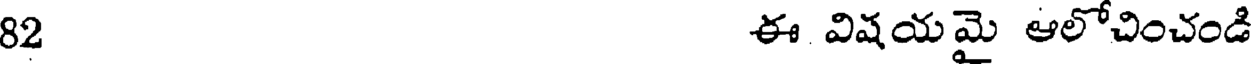
82 ఈ విషయమై ఆలోచించండి